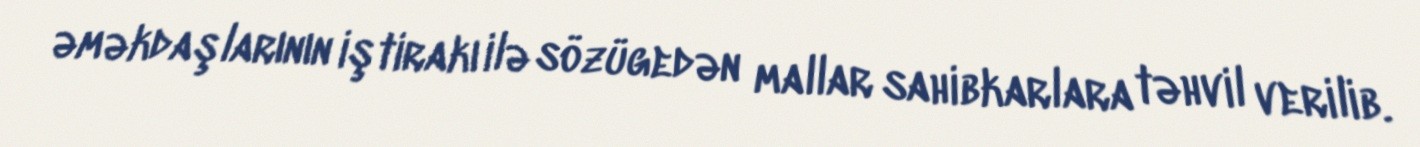
əməkdaşlarının iştirakı ilə sözügedən mallar sahibkarlara təhvil verilib.